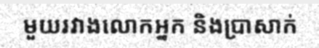
មួយរវាងលោកអ្នក និងប្រាសាក់